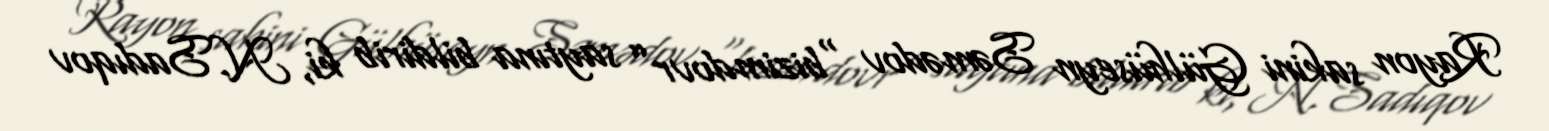
Rayon sakini Gülhüseyn Səmədov “bizimdovr” saytına bildirib ki, N.Sadıqov